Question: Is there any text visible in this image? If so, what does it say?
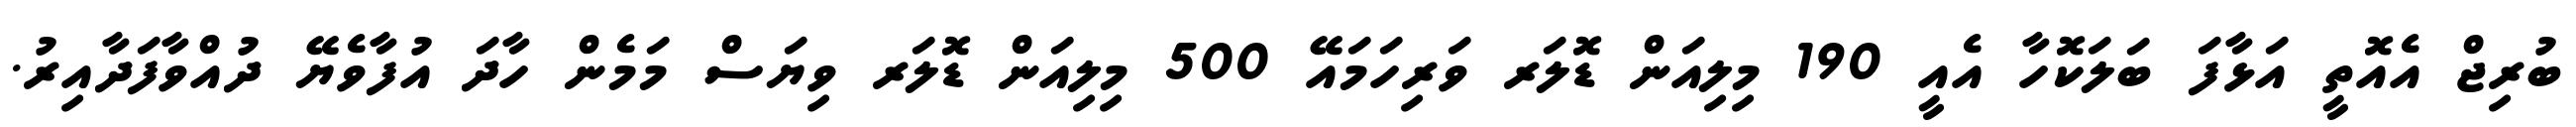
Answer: ބުރިޖް އެއޮތީ އަޅާފަ ބަލަކޮހާ އެއީ 190 މިލިއަން ޑޮލަރ ވަރިހަމައޭ 500 މިލިއަން ޑޮލަރ ވިޔަސް މަމެން ހާދަ އުފާވެޔޭ ދުއްވާފަދާއިރު.